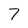
Character: 7